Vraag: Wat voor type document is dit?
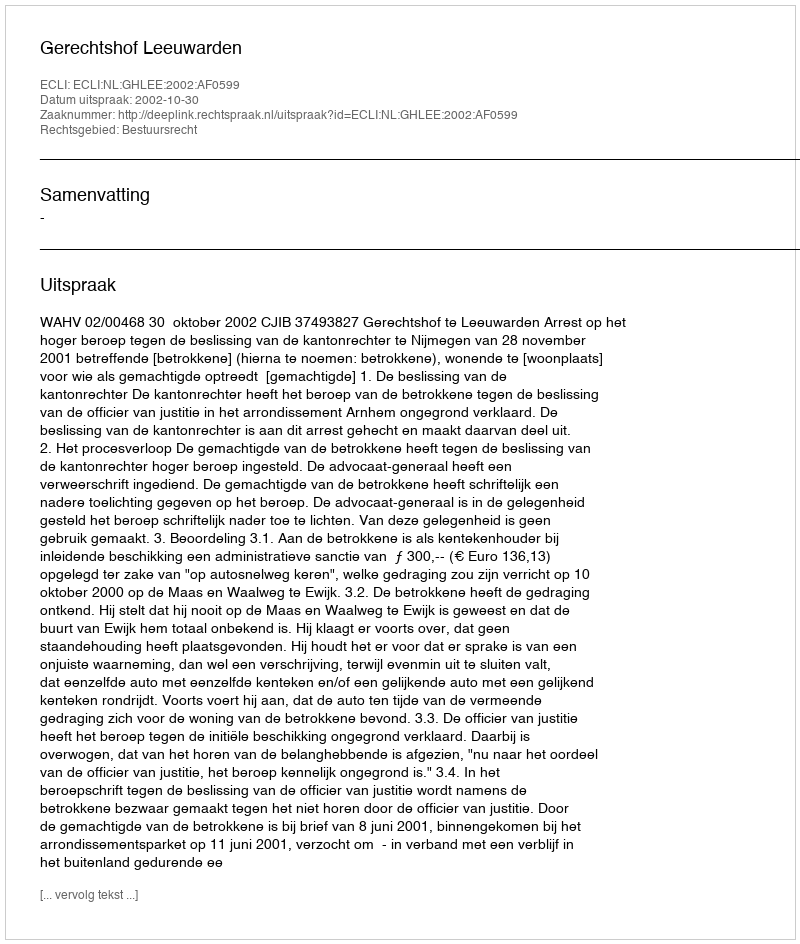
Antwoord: Uitspraak